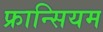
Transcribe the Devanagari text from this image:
फ्रान्सियम